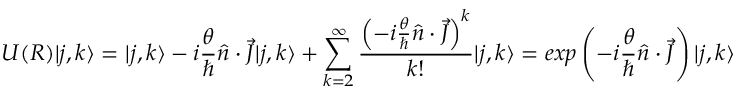
U ( R ) | j , k \rangle = | j , k \rangle - i { \frac { \theta } { \hbar } } { \hat { n } } \cdot { \vec { J } } | j , k \rangle + \sum _ { k = 2 } ^ { \infty } { \frac { \left( - i { \frac { \theta } { \hbar } } { \hat { n } } \cdot { \vec { J } } \right) ^ { k } } { k ! } } | j , k \rangle = e x p \left( { - i { \frac { \theta } { \hbar } } { \hat { n } } \cdot { \vec { J } } } \right) | j , k \rangle